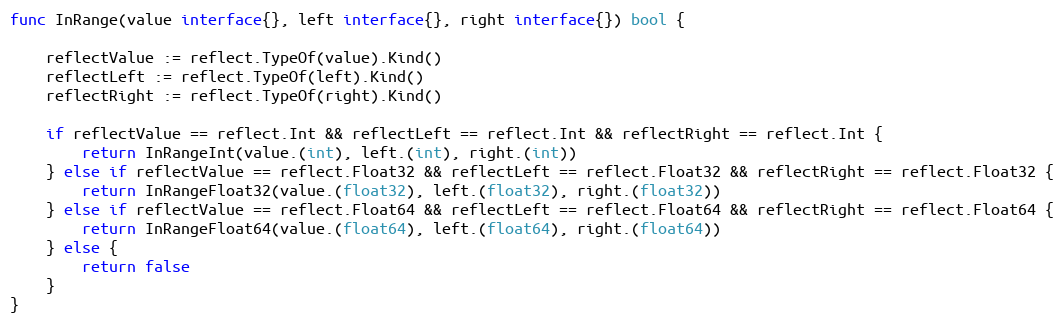
Language: Go
func InRange(value interface{}, left interface{}, right interface{}) bool {

	reflectValue := reflect.TypeOf(value).Kind()
	reflectLeft := reflect.TypeOf(left).Kind()
	reflectRight := reflect.TypeOf(right).Kind()

	if reflectValue == reflect.Int && reflectLeft == reflect.Int && reflectRight == reflect.Int {
		return InRangeInt(value.(int), left.(int), right.(int))
	} else if reflectValue == reflect.Float32 && reflectLeft == reflect.Float32 && reflectRight == reflect.Float32 {
		return InRangeFloat32(value.(float32), left.(float32), right.(float32))
	} else if reflectValue == reflect.Float64 && reflectLeft == reflect.Float64 && reflectRight == reflect.Float64 {
		return InRangeFloat64(value.(float64), left.(float64), right.(float64))
	} else {
		return false
	}
}